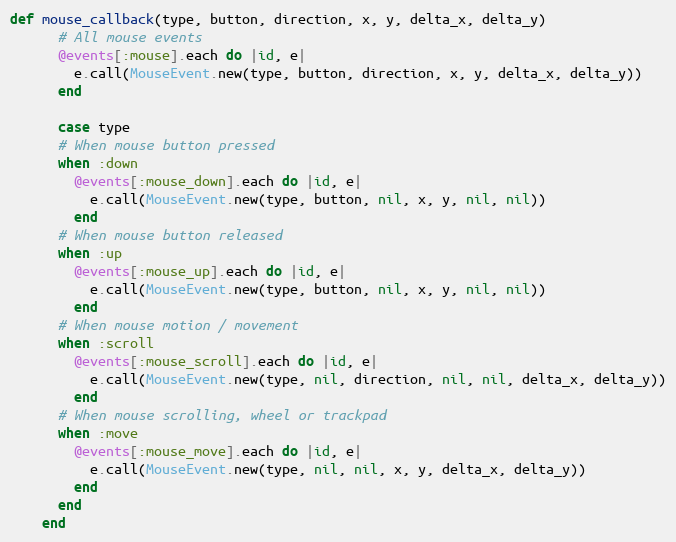
Language: Ruby
def mouse_callback(type, button, direction, x, y, delta_x, delta_y)
      # All mouse events
      @events[:mouse].each do |id, e|
        e.call(MouseEvent.new(type, button, direction, x, y, delta_x, delta_y))
      end

      case type
      # When mouse button pressed
      when :down
        @events[:mouse_down].each do |id, e|
          e.call(MouseEvent.new(type, button, nil, x, y, nil, nil))
        end
      # When mouse button released
      when :up
        @events[:mouse_up].each do |id, e|
          e.call(MouseEvent.new(type, button, nil, x, y, nil, nil))
        end
      # When mouse motion / movement
      when :scroll
        @events[:mouse_scroll].each do |id, e|
          e.call(MouseEvent.new(type, nil, direction, nil, nil, delta_x, delta_y))
        end
      # When mouse scrolling, wheel or trackpad
      when :move
        @events[:mouse_move].each do |id, e|
          e.call(MouseEvent.new(type, nil, nil, x, y, delta_x, delta_y))
        end
      end
    end